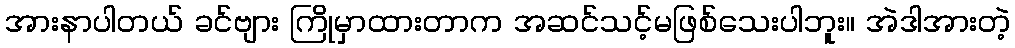
အားနာပါတယ် ခင်ဗျား ကြိုမှာထားတာက အဆင်သင့်မဖြစ်သေးပါဘူး။ အဲဒါအားတဲ့